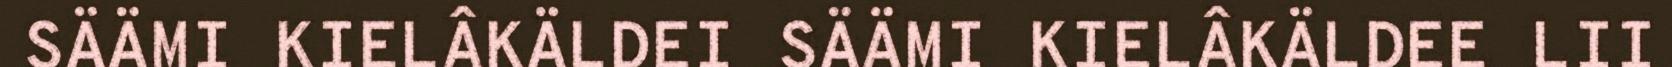
SÄÄMI KIELÂKÄLDEI SÄÄMI KIELÂKÄLDEE LII